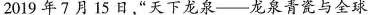
2019年7月15日，”天下龙泉——龙泉青瓷与全球